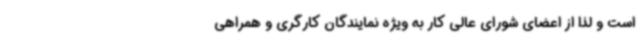
است و لذا از اعضای شورای عالی کار به ویژه نمایندگان کارگری و همراهی